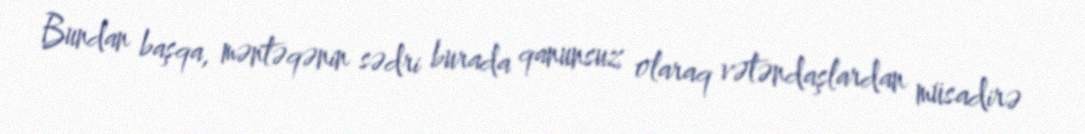
Bundan başqa, məntəqənin sədri burada qanunsuz olaraq vətəndaşlardan müsadirə